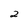
Character: 2